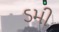
ડમી